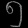
Digit: ၅